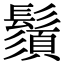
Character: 鬚